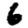
Digit: 6